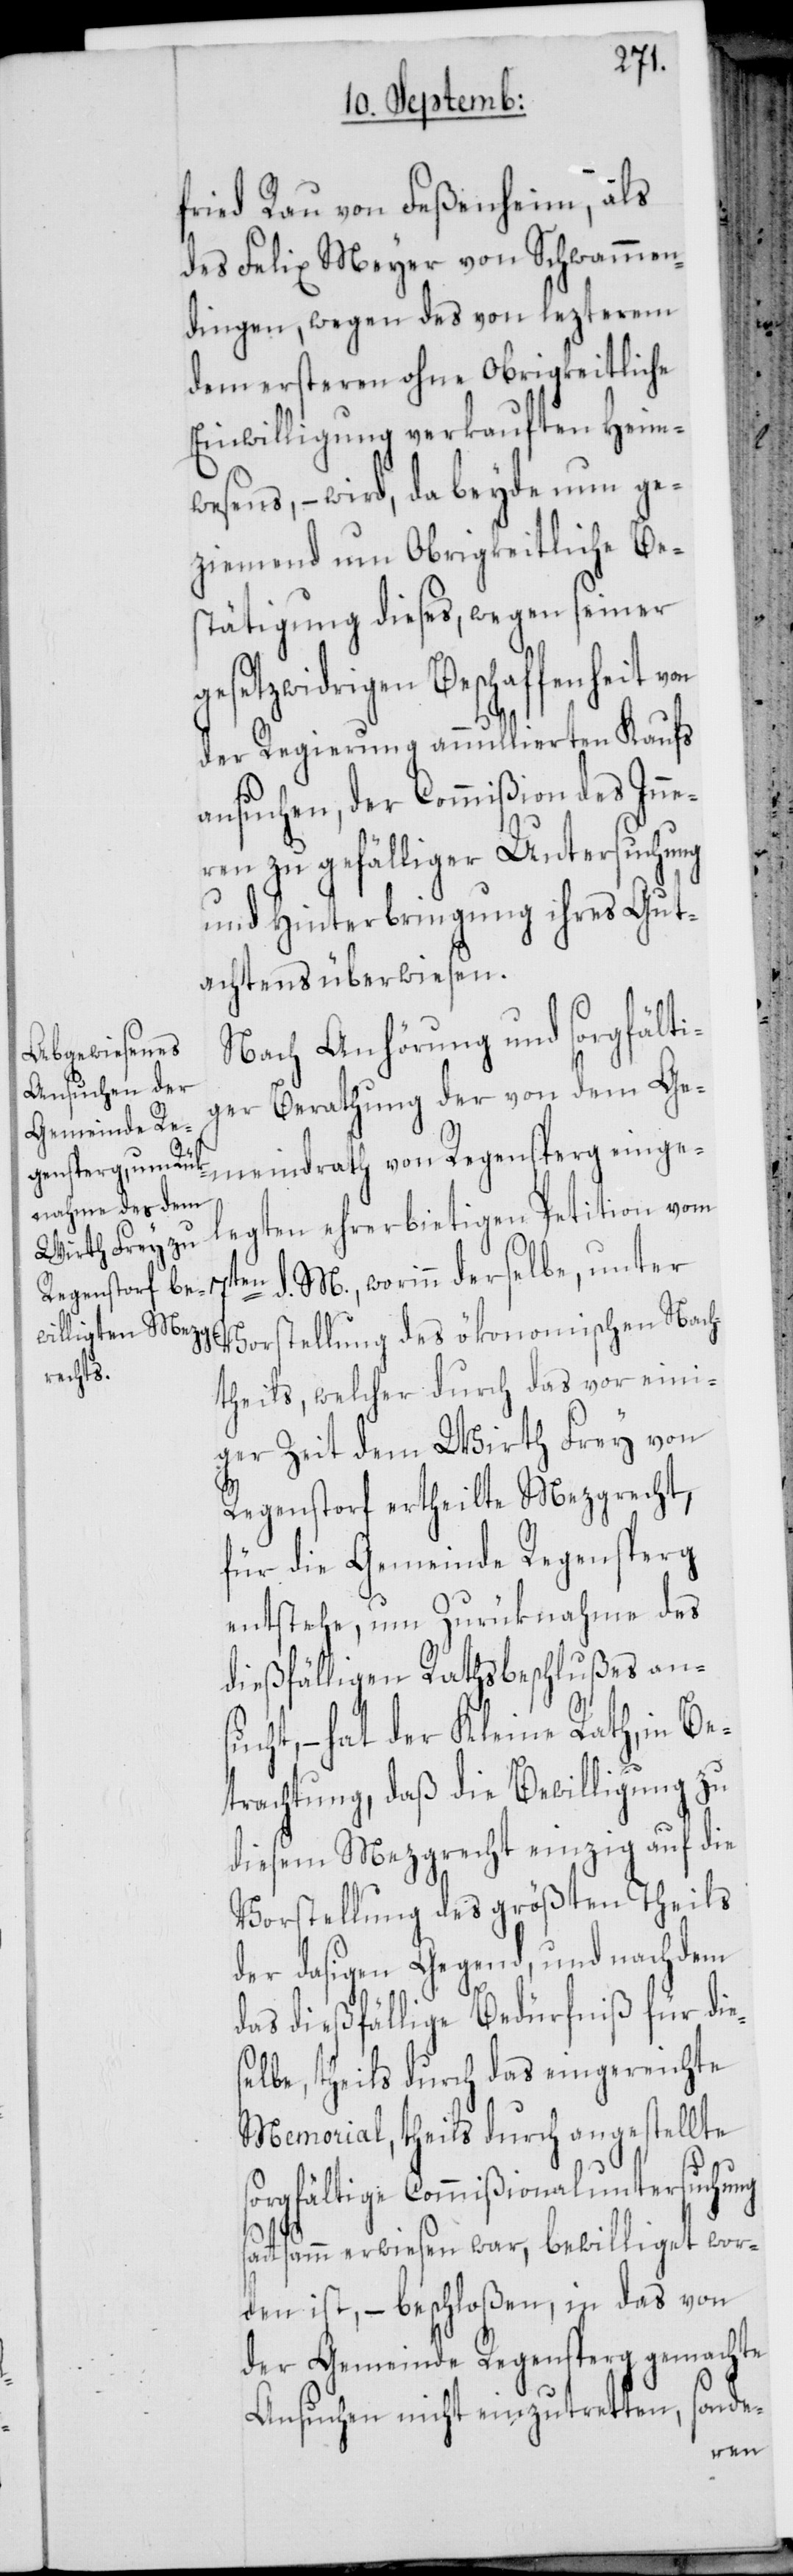
fried Rau von Feßenheim, als
des Felix Meyer von Schwammen¬
dingen, wegen des von lezterem
dem ersteren ohne Obrigkeitliche
Einwilligung verkauften Heim¬
wesens, – wird, da beyde nun ge¬
ziemend um Obrigkeitliche Be¬
stätigung dieses, wegen seiner
gesetzwidrigen Beschaffenheit
der Regierung annullierten Kaufs
ansuchen, der Commißion des Inne¬
ren zu gefälliger Untersuchung
und Hinterbringung ihres Gut¬
achtens überwiesen.
Nach Anhörung und sorgfälti¬
ger Berathung der von dem Ge¬
meindrath von Regensperg einge¬
legten ehrerbietigen Petition vom
d. M., worinn derselbe, unter
Vorstellung des ökonomischen Nach¬
theils, welcher durch das vor eini¬
ger Zeit dem Wirth Frey von
Regenstorf ertheilte Mezgrecht,
für die Gemeinde Regensperg
entstehe, um Zurüknahme des
dießfälligen Rathsbeschlußes ansu¬
cht, – hat der Kleine Rath, in Be¬
trachtung daß die Bewilligung zu
diesem Mezgrecht einzig auf die
Vorstellung des größten Theils
der dasigen Gegend, und nachdem
das dießfällige Bedürfniß für die¬
lbe, theils durch das eingereichte
Memorial, theils durch angestellte
sorgfältige Commißionaluntersuchung
sattsamm erwiesen war, bewilliget wor¬
den ist, – beschloßen, in das von
der Gemeinde Regensperg gemachte
sonde-
Ansuchen nicht einzutretten,
se¬